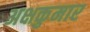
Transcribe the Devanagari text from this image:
अक्षकुमार